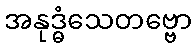
အနုဒ္ဓံသေတဗ္ဗော